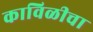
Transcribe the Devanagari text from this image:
काविळीचा